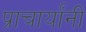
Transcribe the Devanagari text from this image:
प्राचार्यांनी